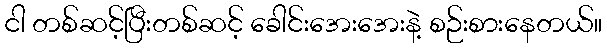
ငါ တစ်ဆင့်ပြီးတစ်ဆင့် ခေါင်းအေးအေးနဲ့ စဉ်းစားနေတယ်။